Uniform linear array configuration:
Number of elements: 24
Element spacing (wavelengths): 0.75
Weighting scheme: cosine
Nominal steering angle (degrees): -30
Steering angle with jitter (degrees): -31.448
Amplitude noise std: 0.05
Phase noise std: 0.05

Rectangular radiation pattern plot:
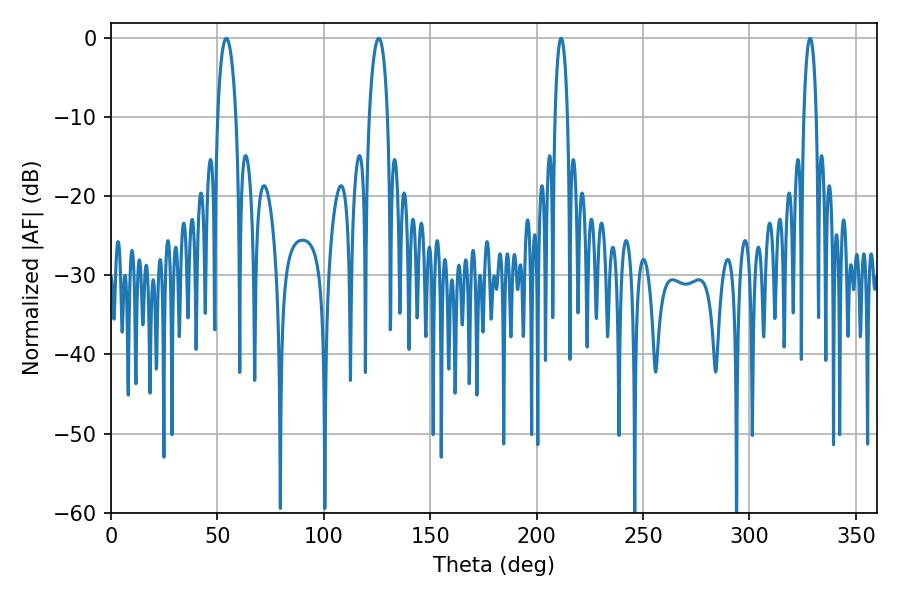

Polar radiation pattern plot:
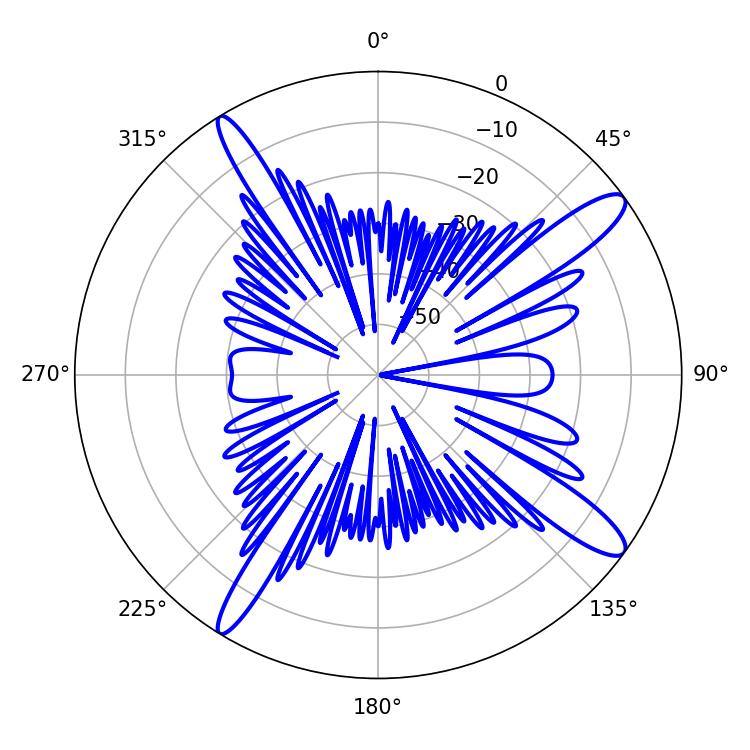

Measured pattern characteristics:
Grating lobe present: TRUE
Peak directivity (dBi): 13.623
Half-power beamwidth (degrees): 3.24
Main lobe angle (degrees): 211.5